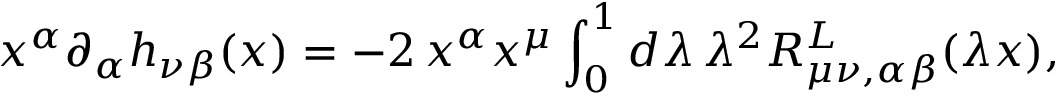
x ^ { \alpha } \partial _ { \alpha } h _ { \nu \beta } ( x ) = - 2 \, x ^ { \alpha } x ^ { \mu } \int _ { 0 } ^ { 1 } d \lambda \, \lambda ^ { 2 } R _ { \mu \nu , \alpha \beta } ^ { L } ( \lambda x ) ,